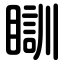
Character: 瞓